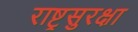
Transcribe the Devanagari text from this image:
राष्ट्रसुरक्षा